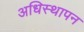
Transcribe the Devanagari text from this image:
अधिस्थापन